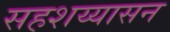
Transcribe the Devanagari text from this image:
सहशय्यासन